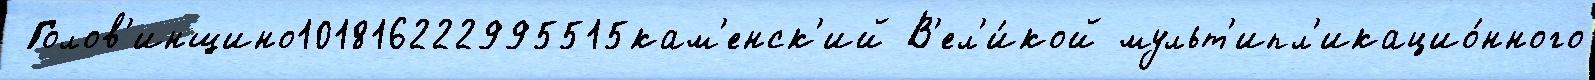
 Голов'инщино101816222995515кам'енск'ий В'ел'и́кой мульт'ипл'икацио́нного